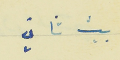
بيت ثاني